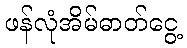
ဖန်လုံအိမ်ဓာတ်ငွေ့